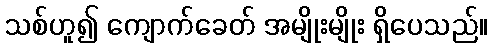
သစ်ဟူ၍ ကျောက်ခေတ် အမျိုးမျိုး ရှိပေသည်။